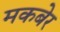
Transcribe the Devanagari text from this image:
मकबेर